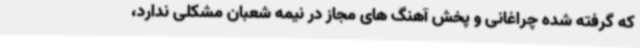
که گرفته شده چراغانی و پخش آهنگ های مجاز در نیمه شعبان مشکلی ندارد،